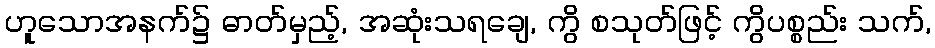
ဟူသောအနက်၌ ဓာတ်မှည့်, အဆုံးသရချေ, ကွိ စသုတ်ဖြင့် ကွိပစ္စည်း သက်,